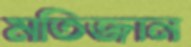
মতিজান